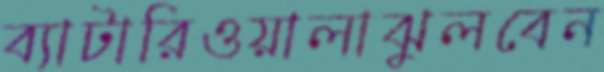
ব্যাটারিওয়ালাঝুলবেন